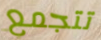
تتجمع